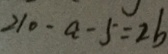
2 1 0 - a - 5 = 2 b